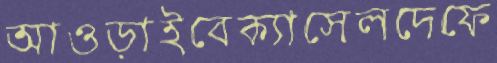
আওড়াইবেক্যাসেলদেফে